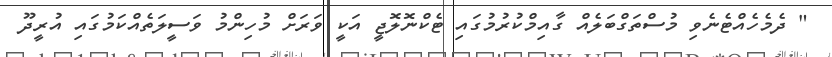
" ދެމެހެއްޓެނެވި މުސްތަގްބަލެއް ގާއިމްކުރުމުގައި ޓެކްނޮލޮޖީ އަކީ ވަރަށް މުހިންމު ވަސީލަތެއްކަމުގައި އުރީދޫ